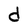
Character: d